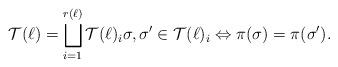
LaTeX: \begin{align*}\mathcal{T}(\ell)=\bigsqcup_{i=1}^{r(\ell)}\mathcal{T}(\ell)_i\sigma,\sigma'\in\mathcal{T}(\ell)_i\Leftrightarrow\pi(\sigma)=\pi(\sigma').\end{align*}